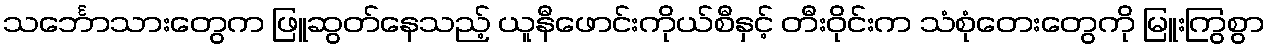
သင်္ဘောသားတွေက ဖြူဆွတ်နေသည့် ယူနီဖောင်းကိုယ်စီနှင့် တီးဝိုင်းက သံစုံတေးတွေကို မြူးကြွစွာ